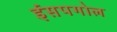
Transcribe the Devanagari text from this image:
ईसपगोल